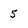
Character: 5